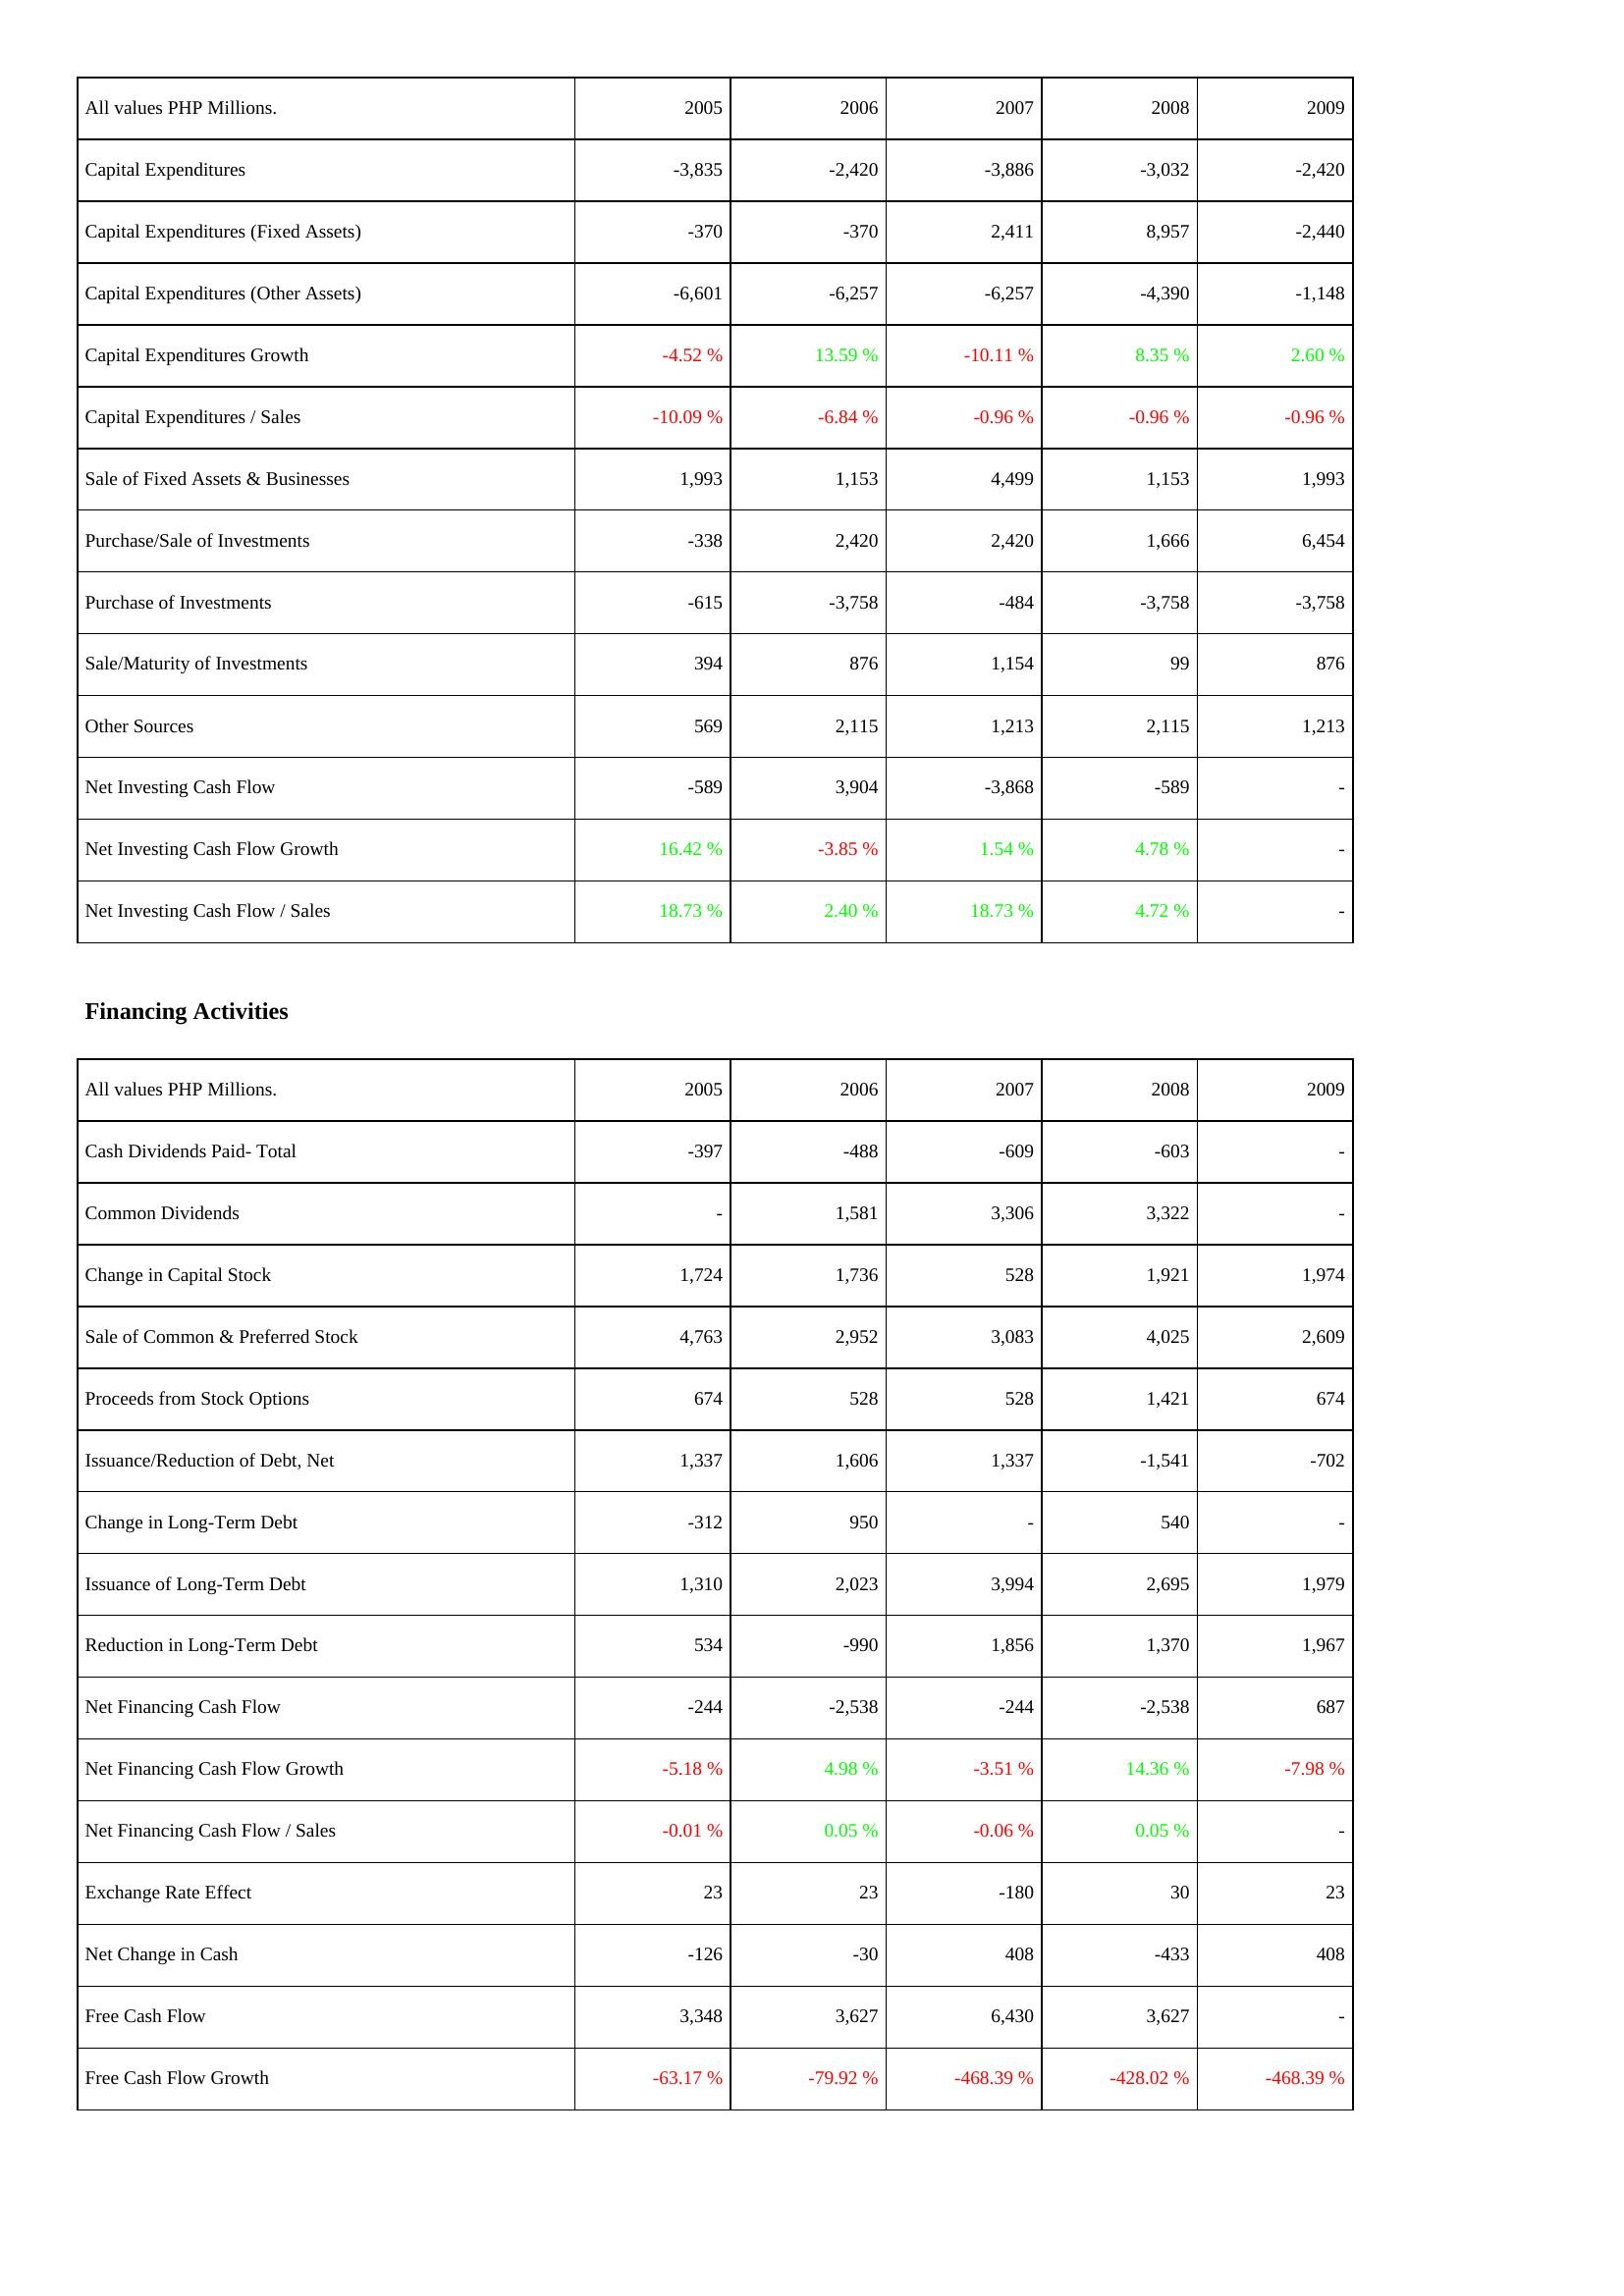
2005: Investing Activities: Capital Expenditures: -3,835
Capital Expenditures (Fixed Assets): -370
Capital Expenditures (Other Assets): -6,601
Capital Expenditures Growth: -4.52 %
Capital Expenditures / Sales: -10.09 %
Sale of Fixed Assets & Businesses: 1,993
Purchase/Sale of Investments: -338
Purchase of Investments: -615
Sale/Maturity of Investments: 394
Other Sources: 569
Net Investing Cash Flow: -589
Net Investing Cash Flow Growth: 16.42 %
Net Investing Cash Flow / Sales: 18.73 %
Financing Activities: Cash Dividends Paid- Total: -397
Common Dividends: -
Change in Capital Stock: 1,724
Sale of Common & Preferred Stock: 4,763
Proceeds from Stock Options: 674
Issuance/Reduction of Debt, Net: 1,337
Change in Long-Term Debt: -312
Issuance of Long-Term Debt: 1,310
Reduction in Long-Term Debt: 534
Net Financing Cash Flow: -244
Net Financing Cash Flow Growth: -5.18 %
Net Financing Cash Flow / Sales: -0.01 %
Exchange Rate Effect: 23
Net Change in Cash: -126
Free Cash Flow: 3,348
Free Cash Flow Growth: -63.17 %
2006: Investing Activities: Capital Expenditures: -2,420
Capital Expenditures (Fixed Assets): -370
Capital Expenditures (Other Assets): -6,257
Capital Expenditures Growth: 13.59 %
Capital Expenditures / Sales: -6.84 %
Sale of Fixed Assets & Businesses: 1,153
Purchase/Sale of Investments: 2,420
Purchase of Investments: -3,758
Sale/Maturity of Investments: 876
Other Sources: 2,115
Net Investing Cash Flow: 3,904
Net Investing Cash Flow Growth: -3.85 %
Net Investing Cash Flow / Sales: 2.40 %
Financing Activities: Cash Dividends Paid- Total: -488
Common Dividends: 1,581
Change in Capital Stock: 1,736
Sale of Common & Preferred Stock: 2,952
Proceeds from Stock Options: 528
Issuance/Reduction of Debt, Net: 1,606
Change in Long-Term Debt: 950
Issuance of Long-Term Debt: 2,023
Reduction in Long-Term Debt: -990
Net Financing Cash Flow: -2,538
Net Financing Cash Flow Growth: 4.98 %
Net Financing Cash Flow / Sales: 0.05 %
Exchange Rate Effect: 23
Net Change in Cash: -30
Free Cash Flow: 3,627
Free Cash Flow Growth: -79.92 %
2007: Investing Activities: Capital Expenditures: -3,886
Capital Expenditures (Fixed Assets): 2,411
Capital Expenditures (Other Assets): -6,257
Capital Expenditures Growth: -10.11 %
Capital Expenditures / Sales: -0.96 %
Sale of Fixed Assets & Businesses: 4,499
Purchase/Sale of Investments: 2,420
Purchase of Investments: -484
Sale/Maturity of Investments: 1,154
Other Sources: 1,213
Net Investing Cash Flow: -3,868
Net Investing Cash Flow Growth: 1.54 %
Net Investing Cash Flow / Sales: 18.73 %
Financing Activities: Cash Dividends Paid- Total: -609
Common Dividends: 3,306
Change in Capital Stock: 528
Sale of Common & Preferred Stock: 3,083
Proceeds from Stock Options: 528
Issuance/Reduction of Debt, Net: 1,337
Change in Long-Term Debt: -
Issuance of Long-Term Debt: 3,994
Reduction in Long-Term Debt: 1,856
Net Financing Cash Flow: -244
Net Financing Cash Flow Growth: -3.51 %
Net Financing Cash Flow / Sales: -0.06 %
Exchange Rate Effect: -180
Net Change in Cash: 408
Free Cash Flow: 6,430
Free Cash Flow Growth: -468.39 %
2008: Investing Activities: Capital Expenditures: -3,032
Capital Expenditures (Fixed Assets): 8,957
Capital Expenditures (Other Assets): -4,390
Capital Expenditures Growth: 8.35 %
Capital Expenditures / Sales: -0.96 %
Sale of Fixed Assets & Businesses: 1,153
Purchase/Sale of Investments: 1,666
Purchase of Investments: -3,758
Sale/Maturity of Investments: 99
Other Sources: 2,115
Net Investing Cash Flow: -589
Net Investing Cash Flow Growth: 4.78 %
Net Investing Cash Flow / Sales: 4.72 %
Financing Activities: Cash Dividends Paid- Total: -603
Common Dividends: 3,322
Change in Capital Stock: 1,921
Sale of Common & Preferred Stock: 4,025
Proceeds from Stock Options: 1,421
Issuance/Reduction of Debt, Net: -1,541
Change in Long-Term Debt: 540
Issuance of Long-Term Debt: 2,695
Reduction in Long-Term Debt: 1,370
Net Financing Cash Flow: -2,538
Net Financing Cash Flow Growth: 14.36 %
Net Financing Cash Flow / Sales: 0.05 %
Exchange Rate Effect: 30
Net Change in Cash: -433
Free Cash Flow: 3,627
Free Cash Flow Growth: -428.02 %
2009: Investing Activities: Capital Expenditures: -2,420
Capital Expenditures (Fixed Assets): -2,440
Capital Expenditures (Other Assets): -1,148
Capital Expenditures Growth: 2.60 %
Capital Expenditures / Sales: -0.96 %
Sale of Fixed Assets & Businesses: 1,993
Purchase/Sale of Investments: 6,454
Purchase of Investments: -3,758
Sale/Maturity of Investments: 876
Other Sources: 1,213
Net Investing Cash Flow: -
Net Investing Cash Flow Growth: -
Net Investing Cash Flow / Sales: -
Financing Activities: Cash Dividends Paid- Total: -
Common Dividends: -
Change in Capital Stock: 1,974
Sale of Common & Preferred Stock: 2,609
Proceeds from Stock Options: 674
Issuance/Reduction of Debt, Net: -702
Change in Long-Term Debt: -
Issuance of Long-Term Debt: 1,979
Reduction in Long-Term Debt: 1,967
Net Financing Cash Flow: 687
Net Financing Cash Flow Growth: -7.98 %
Net Financing Cash Flow / Sales: -
Exchange Rate Effect: 23
Net Change in Cash: 408
Free Cash Flow: -
Free Cash Flow Growth: -468.39 %